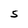
Character: S